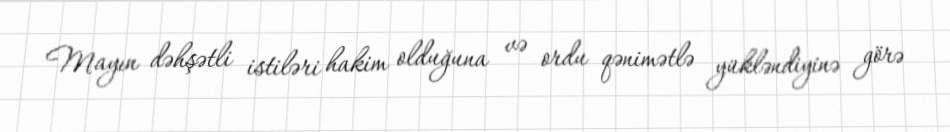
Mayın dəhşətli istiləri hakim olduğuna və ordu qənimətlə yükləndiyinə görə